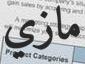
مازي